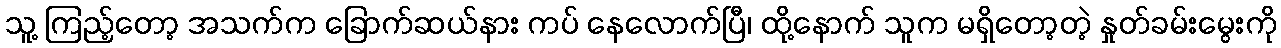
သူ့ ကြည့်တော့ အသက်က ခြောက်ဆယ်နား ကပ် နေလောက်ပြီ၊ ထို့နောက် သူက မရှိတော့တဲ့ နှုတ်ခမ်းမွေးကို